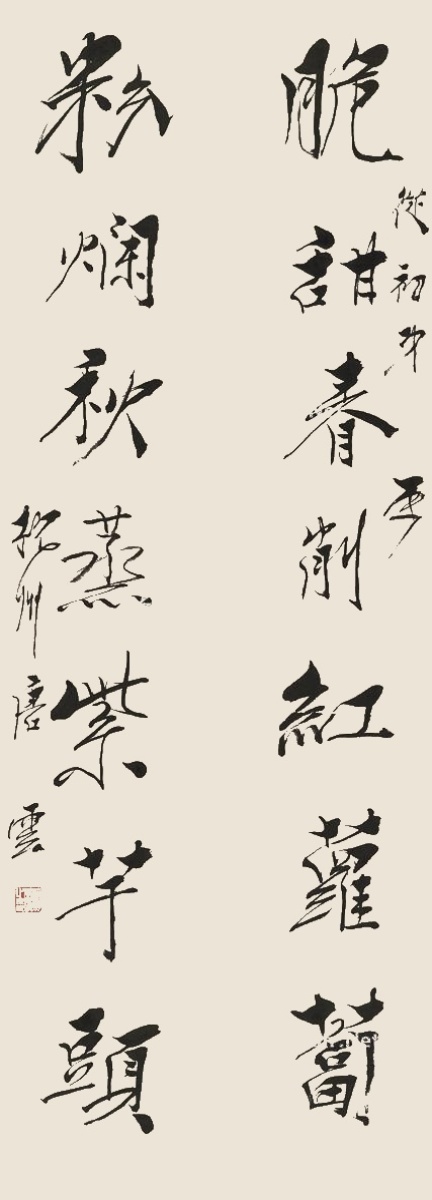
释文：脆甜春削红萝卜，粉烂秋蒸紫芋头。从初弟属，杭州唐云。